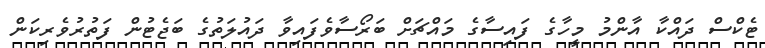
ޓެކްސް ދައްކާ އާންމު މީހާގެ ފައިސާގެ މައްޗަށް ބަރޯސާވެފައިވާ ދައުލަތުގެ ބަޖެޓުން ފަތުރުވެރިކަން